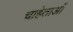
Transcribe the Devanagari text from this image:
चाहेताओं